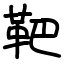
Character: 靶